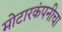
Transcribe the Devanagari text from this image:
मोटारकंपनीचा